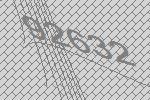
92632